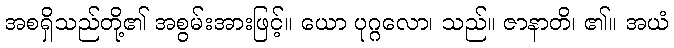
အစရှိသည်တို့၏ အစွမ်းအားဖြင့်။ ယော ပုဂ္ဂလော၊ သည်။ ဇာနာတိ၊ ၏။ အယံ